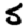
Digit: 5